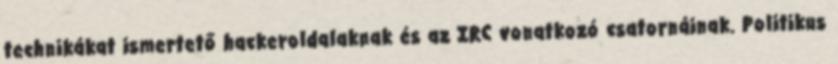
technikákat ismertető hackeroldalaknak és az IRC vonatkozó csatornáinak. Politikus